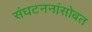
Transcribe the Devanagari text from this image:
संघटननांसोबत